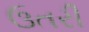
ઉતરી